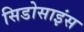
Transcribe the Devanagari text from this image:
सिडोसाइंस